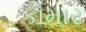
કોમાર